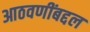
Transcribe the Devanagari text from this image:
आठवणींबद्दल